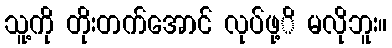
သူ့ကို တိုးတက်အောင် လုပ်ဖု့ိ မလိုဘူး။